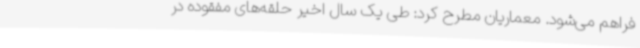
فراهم می‌شود. معماریان مطرح کرد: طی یک سال اخیر حلقه‌های مفقوده در